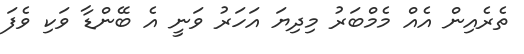
ތެރެއިން އެއް މެމްބަރު މިދިޔަ އަހަރު ވަނީ އެ ބޭންޑާ ވަކި ވެފަ